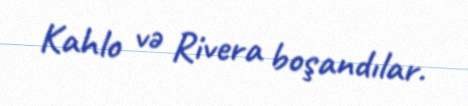
Kahlo və Rivera boşandılar.